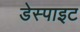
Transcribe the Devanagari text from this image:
डेस्पाइट